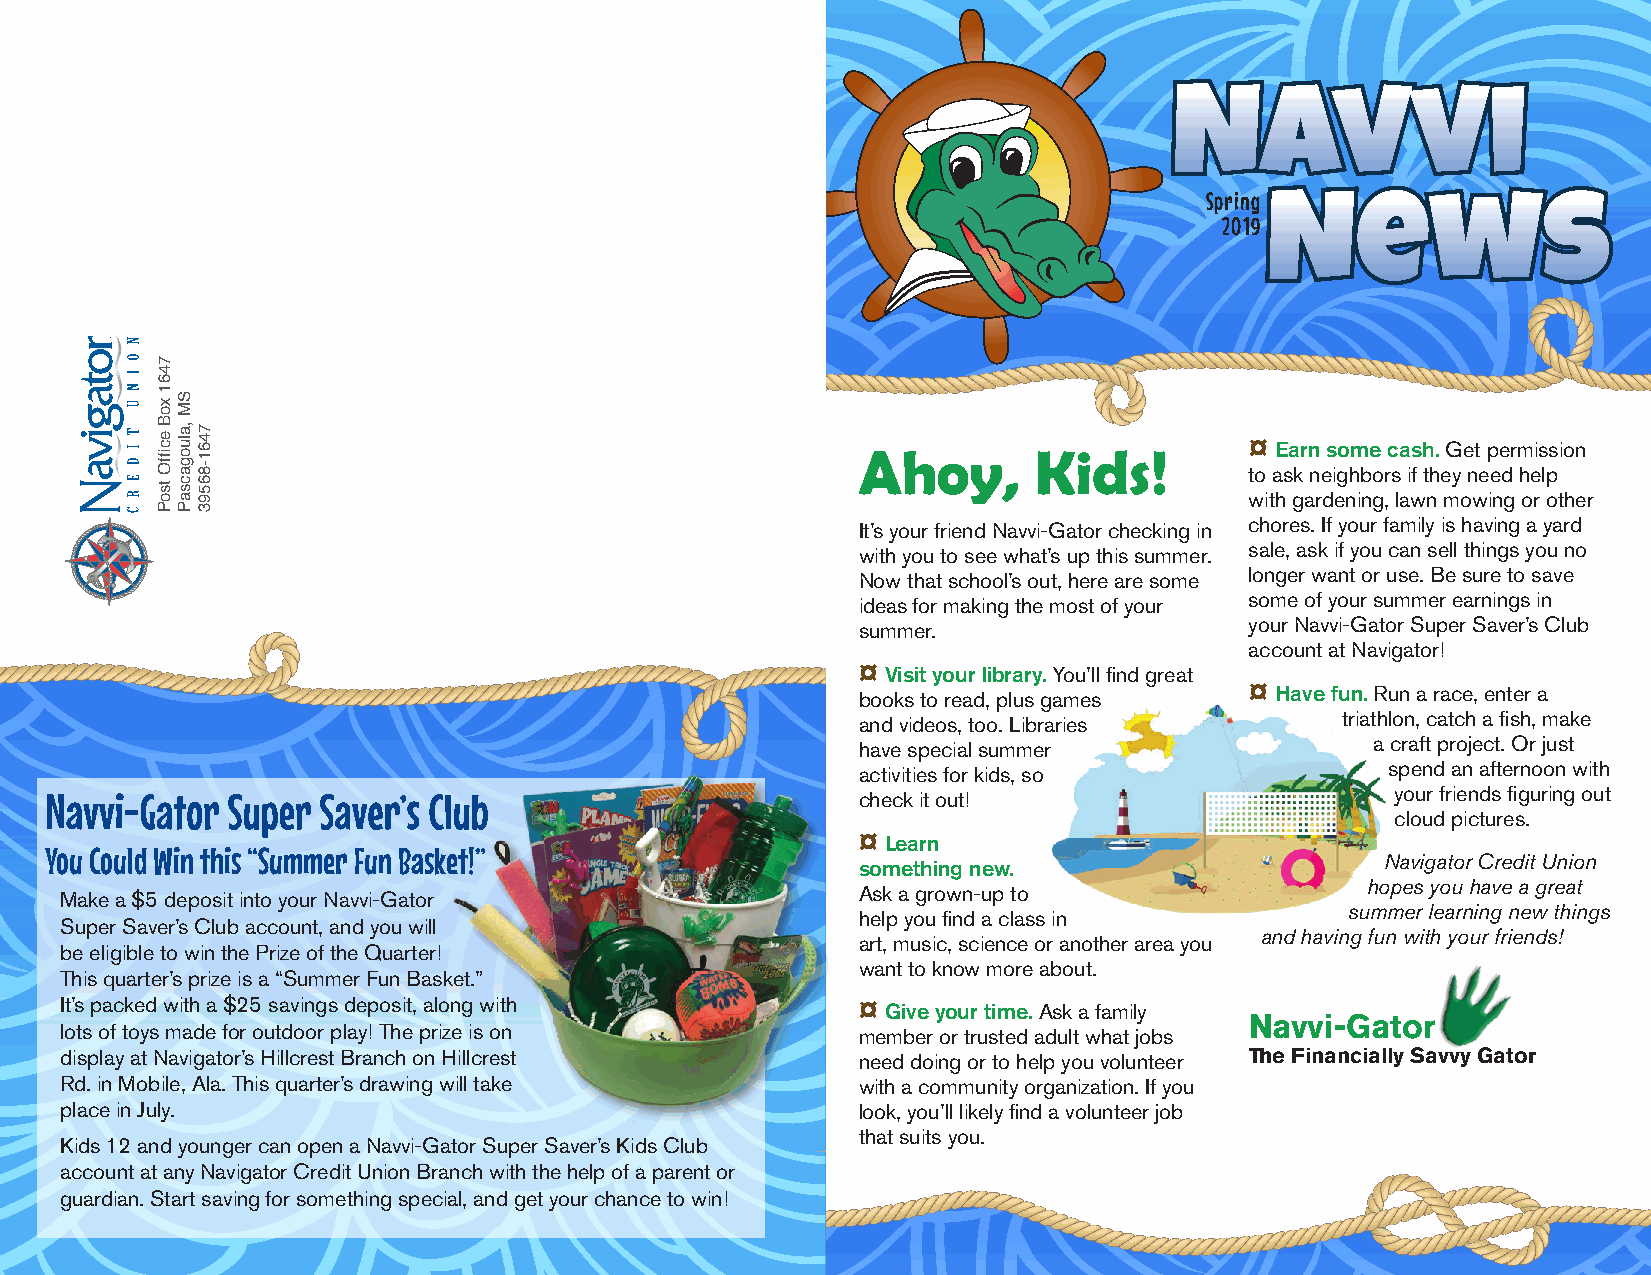
Navvi
 Spring
 News
 2019
 Ahoy,      Kids!          ¤ Earn some cash. Get permission
 to ask neighbors if they need help
 with gardening, lawn mowing or other
 It’s your friend Navvi-Gator checking in chores. If your family is having a yard
 with you to see what’s up this summer. sale, ask if you can sell things you no
 Now that school’s out, here are some longer want or use. Be sure to save
 ideas for making the most of your some of your summer earnings in
 summer.                   your Navvi-Gator Super Saver’s Club
 account at Navigator!
 ¤ Visit your library. You’ll find great
 books to read, plus games ¤ Have fun. Run a race, enter a
 and videos, too. Libraries      triathlon, catch a fish, make
 have special summer               a craft project. Or just
 activities for kids, so            spend an afternoon with
 Navvi-Gator Super Saver’s Club                        check it out!                      your friends figuring out
 cloud pictures.
 ¤ Learn
 You Could Win this “Summer Fun Basket!”
 something new.                     Navigator Credit Union
 Ask a grown-up to                hopes you have a great
 Make a $5 deposit into your Navvi-Gator
 help you find a class in        summer learning new things
 Super Saver’s Club account, and you will
 art, music, science or another area you and having fun with your friends!
 be eligible to win the Prize of the Quarter!
 want to know more about.
 This quarter’s prize is a “Summer Fun Basket.”
 It’s packed with a $25 savings deposit, along with   ¤ Give your time. Ask a family
 Navvi-Gator
 lots of toys made for outdoor play! The prize is on  member or trusted adult what jobs
 display at Navigator’s Hillcrest Branch on Hillcrest need doing or to help you volunteer The Financially Savvy Gator
 Rd. in Mobile, Ala. This quarter’s drawing will take with a community organization. If you
 place in July.                                       look, you’ll likely find a volunteer job
 that suits you.
 Kids 12 and younger can open a Navvi-Gator Super Saver’s Kids Club
 account at any Navigator Credit Union Branch with the help of a parent or
 guardian. Start saving for something special, and get your chance to win!
 7461
 xoB
 ecfifO
 tsoP
 SM
 ,aluogacsaP 7461-86593